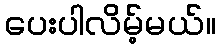
ပေးပါလိမ့်မယ်။